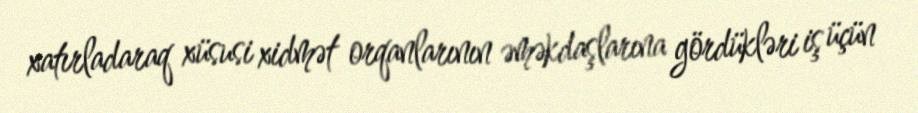
xatırladaraq xüsusi xidmət orqanlarının əməkdaşlarına gördükləri iş üçün